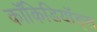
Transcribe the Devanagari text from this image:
कॉकिडियॉड्स